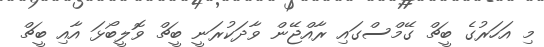
މި އަހަރުގެ ބީޗް ގޭމްސްގައި ރާއްޖޭން ވާދަކުރަނީ ބީޗް ވޮލީބޯޅަ އާއި ބީޗް